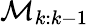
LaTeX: \mathcal{M}_{k:k-1}